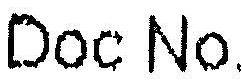
DOC NO.